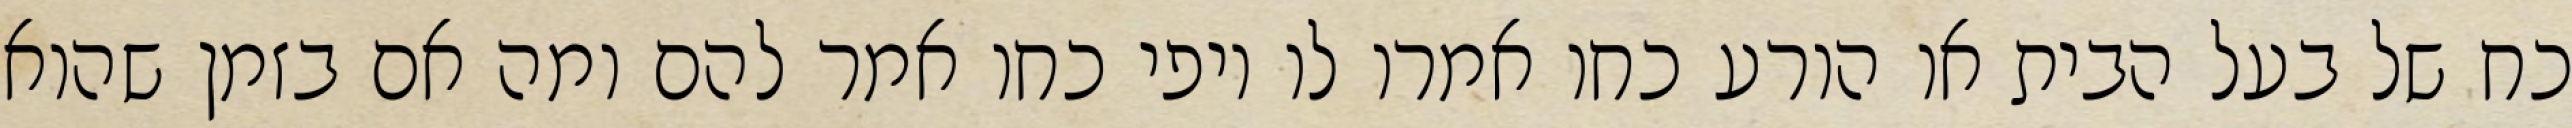
כח של בעל הבית או הורע כחו אמרו לו יופי כחו אמר להם ומה אם בזמן שהוא